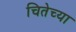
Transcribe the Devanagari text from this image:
चितेच्या